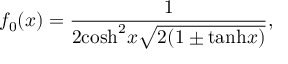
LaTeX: f _ { 0 } ( x ) = \frac { 1 } { 2 \mathrm { c o s h } ^ { 2 } x \sqrt { 2 ( 1 \pm \mathrm { t a n h } x ) } } ,